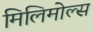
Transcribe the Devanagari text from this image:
मिलिमोल्स